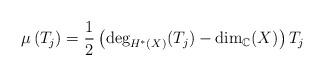
LaTeX: \begin{align*} \mu \left( T_j \right ) = \frac{1}{2}\left( \textnormal{deg}_{H^*(X)}(T_j) - \textnormal{dim}_\mathbb{C}(X) \right) T_j \end{align*}